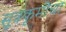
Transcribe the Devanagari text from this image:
सूत्रकृमींचा